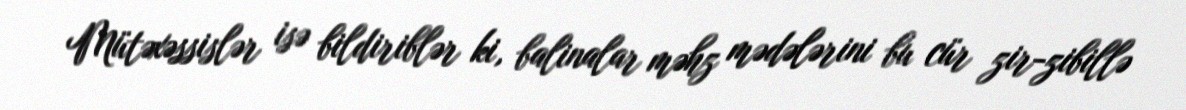
Mütəxəssislər isə bildiriblər ki, balinalar məhz mədələrini bu cür zir-zibillə